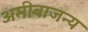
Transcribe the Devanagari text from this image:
अमीबाजन्य